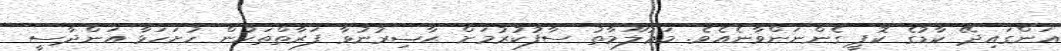
އަންގައިދޭ ކާޑުގެ ކޮޕީ ގެންނަންވާނެއެވެ. މަޢުލޫމާތު ސާފުކުރުމަށް ޙާޟިރުނުވާ ފަރާތްތަކުން ހުށަހަޅާ އަންދާސީ